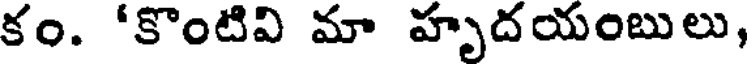
కం. 'కొంటివి మా హృదయంబులు,